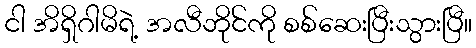
ငါ အိရှိဂါမိရဲ့ အလီဘိုင်ကို စစ်ဆေးပြီးသွားပြီ။